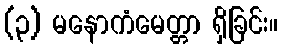
(၃) မနောကံမေတ္တာ ရှိခြင်း။